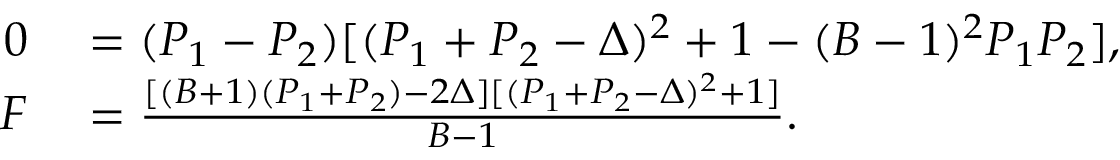
\begin{array} { r l } { 0 } & { { } = ( P _ { 1 } - P _ { 2 } ) [ ( P _ { 1 } + P _ { 2 } - \Delta ) ^ { 2 } + 1 - ( B - 1 ) ^ { 2 } P _ { 1 } P _ { 2 } ] , } \\ { F } & { { } = \frac { [ ( B + 1 ) ( P _ { 1 } + P _ { 2 } ) - 2 \Delta ] [ ( P _ { 1 } + P _ { 2 } - \Delta ) ^ { 2 } + 1 ] } { B - 1 } . } \end{array}